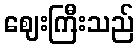
ဈေးကြီးသည်